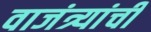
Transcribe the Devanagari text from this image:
वाजंत्र्यांची